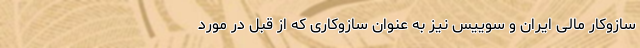
سازوکار مالی ایران و سوییس نیز به عنوان سازوکاری که از قبل در مورد